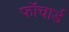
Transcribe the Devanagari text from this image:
फॉचार्ड